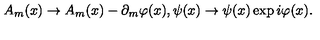
A _ { m } ( x ) \rightarrow { A _ { m } ( x ) - \partial _ { m } \varphi ( x ) } , \psi ( x ) \rightarrow \psi ( x ) \exp { i \varphi ( x ) } .